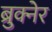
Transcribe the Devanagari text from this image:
ब्रुक्नेर